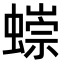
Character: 𧐿